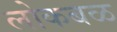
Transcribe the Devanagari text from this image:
लोकबळ